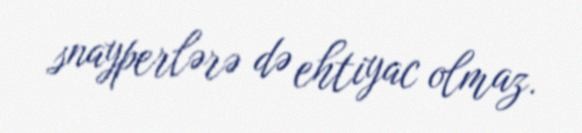
snayperlərə də ehtiyac olmaz.